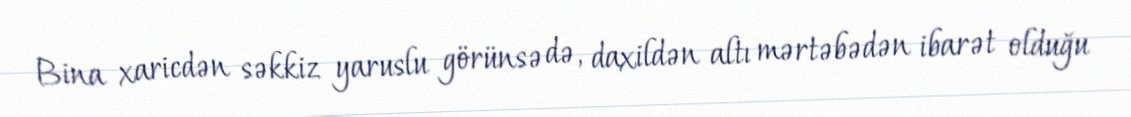
Bina xaricdən səkkiz yaruslu görünsə də, daxildən altı mərtəbədən ibarət olduğu